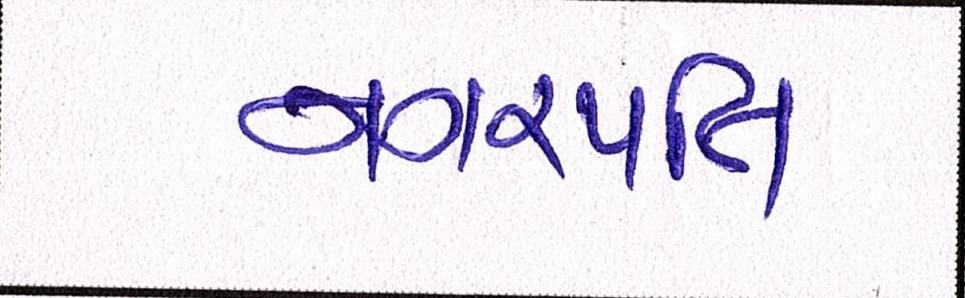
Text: નગરપતિ